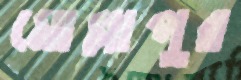
মোল্লাপুর